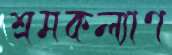
শ্রমকল্যাণ